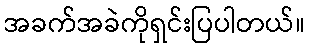
အခက်အခဲကိုရှင်းပြပါတယ်။